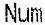
NUM